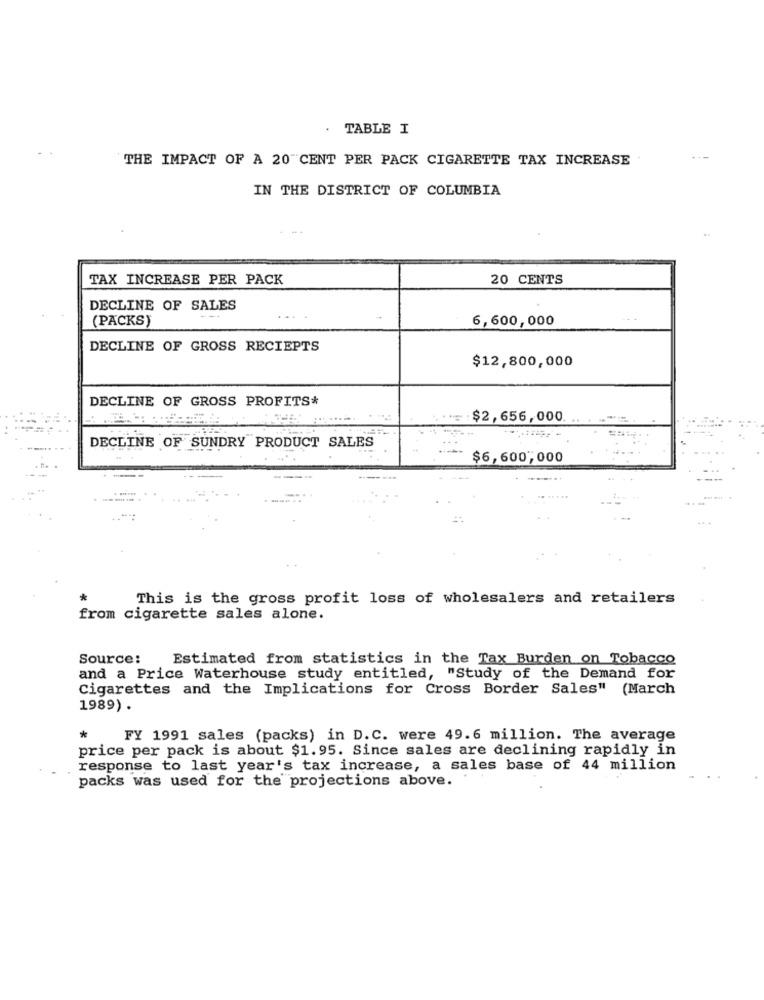
TABLE I
THE IMPACT OF A 20 CENT PER PACK CIGARETTE TAX INCREASE
IN THE DISTRICT OF COLUMBIA
TAX INCREASE PER PACK
20 CENTS
DECLINE OF SALES
(PACKS)
6,600,000
DECLINE OF GROSS RECIEPTS
$12,800,000
DECLINE OF GROSS PROFITS*
$2,656,000
DECLINE OF SUNDRY PRODUCT SALES
$6,600,000
This is the gross profit loss of wholesalers and retailers
from cigarette sales alone.
Source:
Estimated from statistics in the Tax Burden on Tobacco
and a Price Waterhouse study entitled, "Study of the Demand for
Cigarettes and the Implications for Cross Border Sales" (March
1989).
*
FY 1991 sales (packs) in D.C. were 49.6 million. The average
price per pack is about $1.95. Since sales are declining rapidly in
response to last year's tax increase, a sales base of 44 million
packs was used for the projections above.